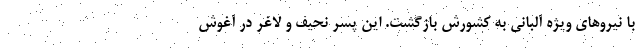
با نیروهای ویژه آلبانی به کشورش بازگشت. این پسر نحیف و لاغر در آغوش